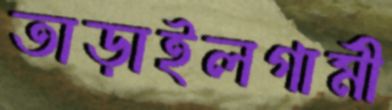
তাড়াইলগামী